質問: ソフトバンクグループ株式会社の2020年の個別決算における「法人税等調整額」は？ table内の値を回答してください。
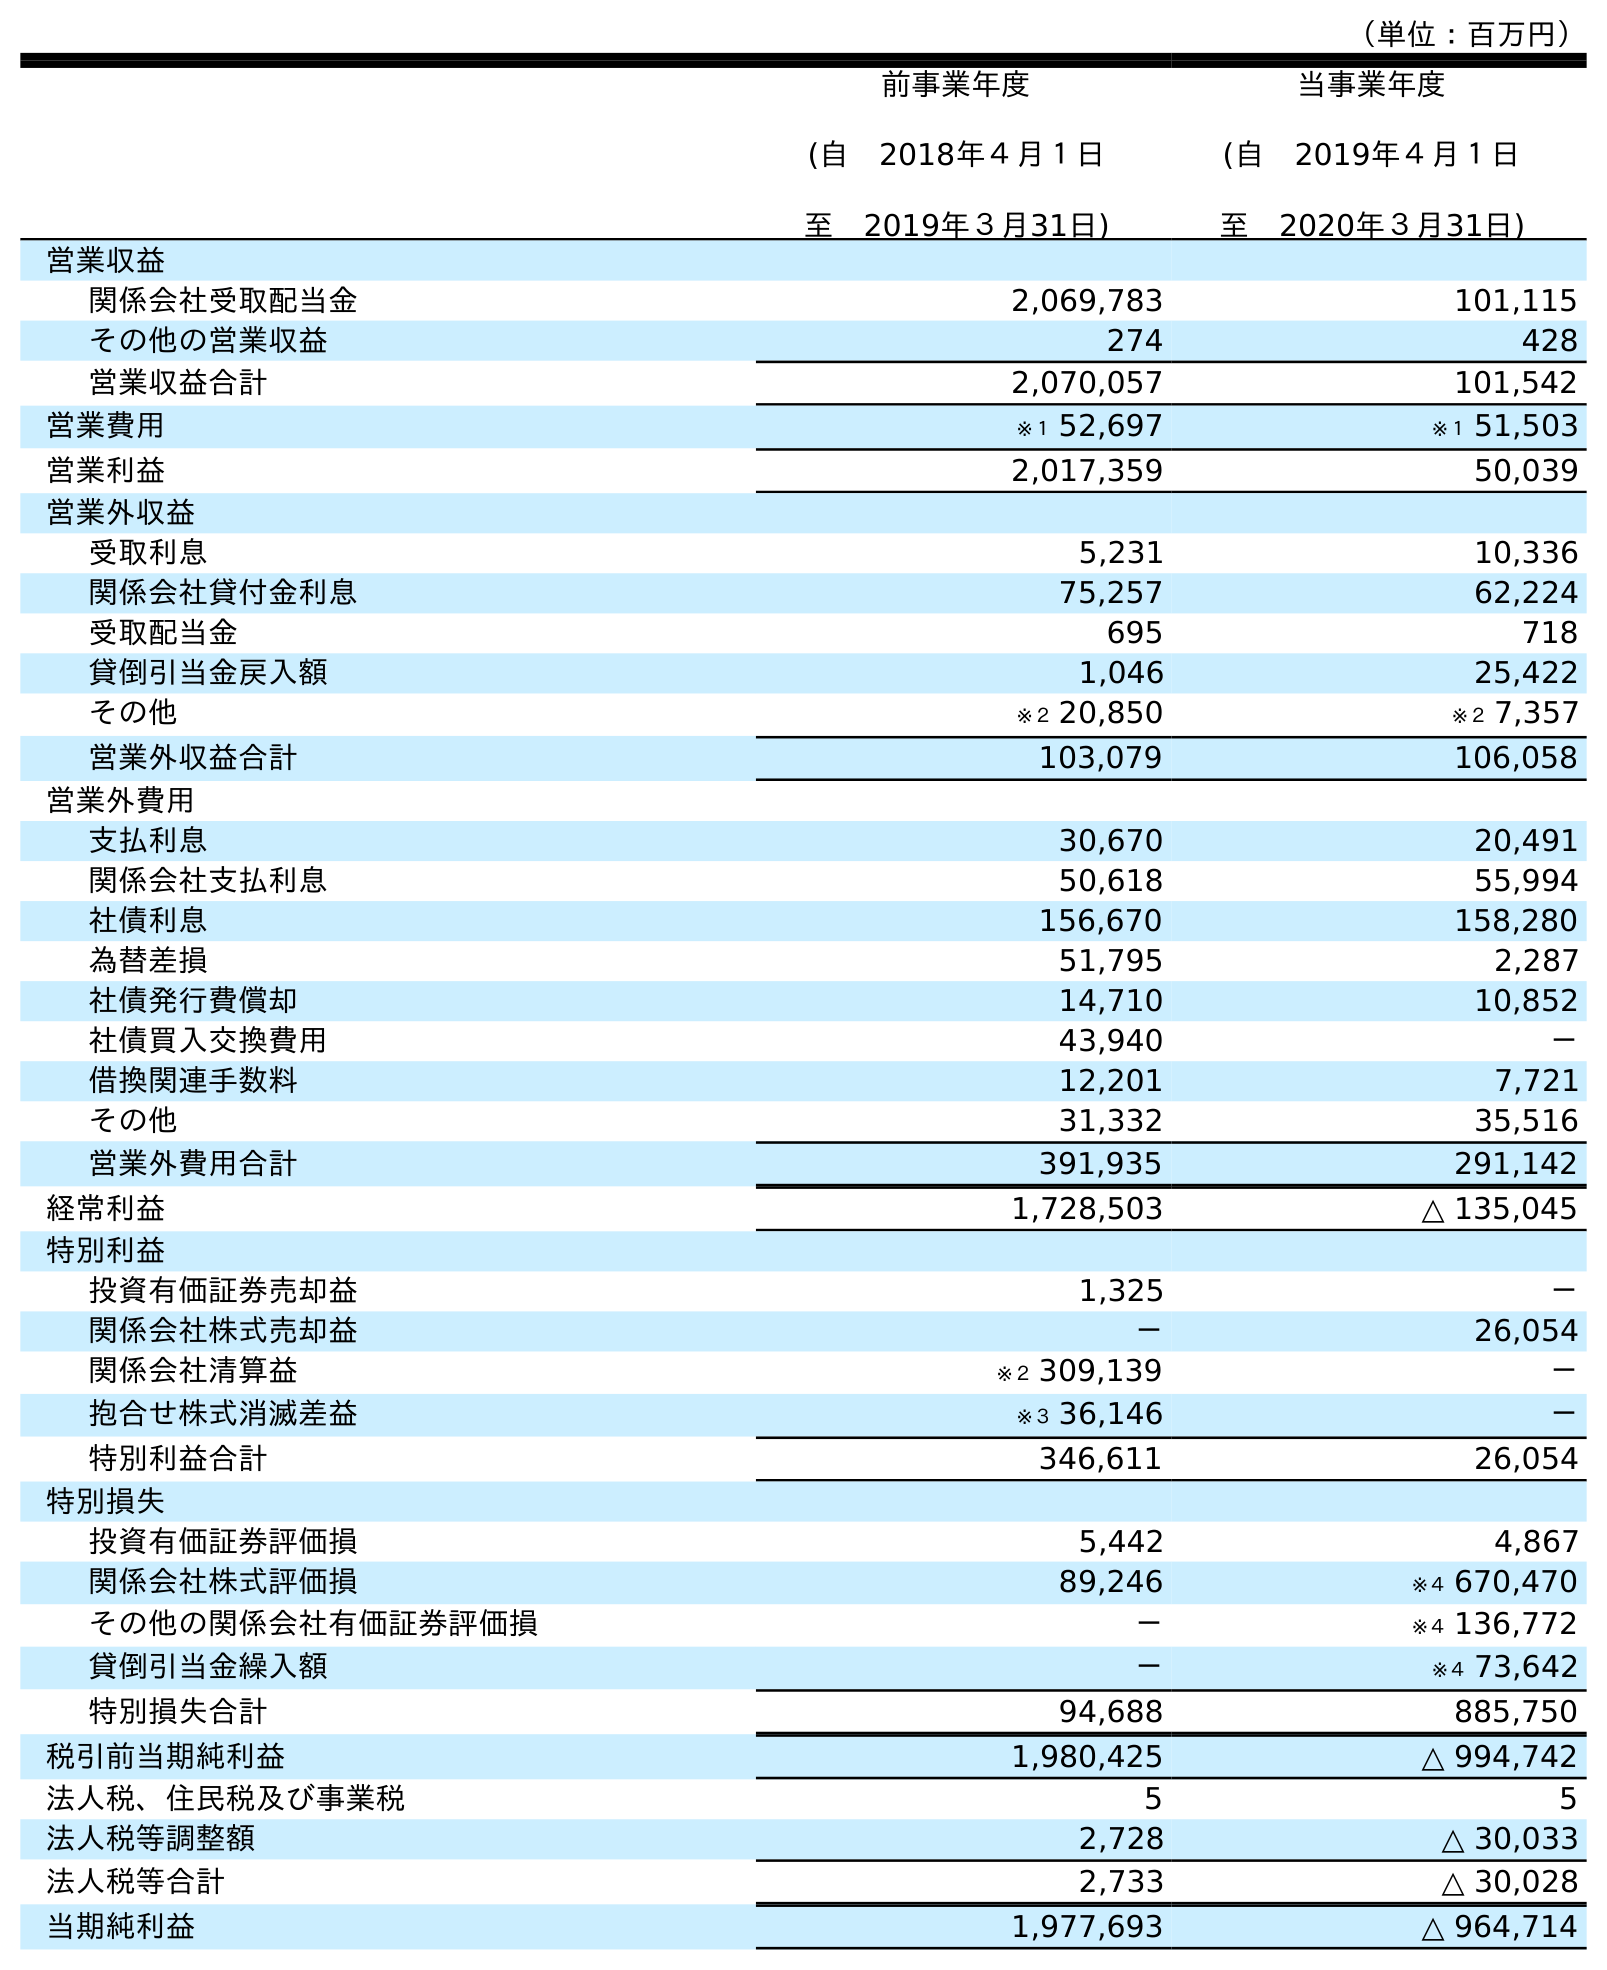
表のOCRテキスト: （単位：百万円） 前事業年度 (自 2018年４月１日 至 2019年３月31日) 当事業年度 (自 2019年４月１日 至 2020年３月31日) 営業収益 関係会社受取配当金 2,069,783 101,115 その他の営業収益 274 428 営業収益合計 2,070,057 101,542 営業費用 ※１ 52,697 ※１ 51,503 営業利益 2,017,359 50,039 営業外収益 受取利息 5,231 10,336 関係会社貸付金利息 75,257 62,224 受取配当金 695 718 貸倒引当金戻入額 1,046 25,422 その他 ※２ 20,850 ※２ 7,357 営業外収益合計 103,079 106,058 営業外費用 支払利息 30,670 20,491 関係会社支払利息 50,618 55,994 社債利息 156,670 158,280 為替差損 51,795 2,287 社債発行費償却 14,710 10,852 社債買入交換費用 43,940 － 借換関連手数料 12,201 7,721 その他 31,332 35,516 営業外費用合計 391,935 291,142 経常利益 1,728,503 △ 135,045 特別利益 投資有価証券売却益 1,325 － 関係会社株式売却益 － 26,054 関係会社清算益 ※２ 309,139 － 抱合せ株式消滅差益 ※３ 36,146 － 特別利益合計 346,611 26,054 特別損失 投資有価証券評価損 5,442 4,867 関係会社株式評価損 89,246 ※４ 670,470 その他の関係会社有価証券評価損 － ※４ 136,772 貸倒引当金繰入額 － ※４ 73,642 特別損失合計 94,688 885,750 税引前当期純利益 1,980,425 △ 994,742 法人税、住民税及び事業税 5 5 法人税等調整額 2,728 △ 30,033 法人税等合計 2,733 △ 30,028 当期純利益 1,977,693 △ 964,714
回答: △30,033